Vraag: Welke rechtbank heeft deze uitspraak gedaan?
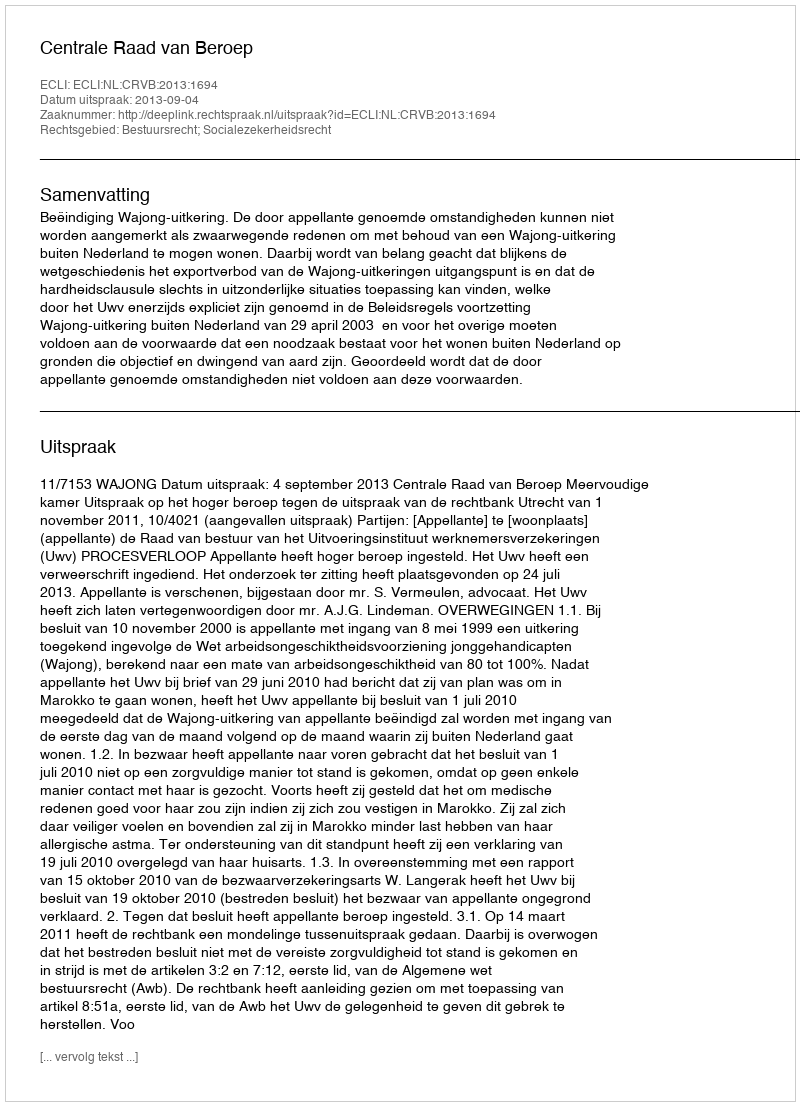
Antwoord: Centrale Raad van Beroep